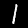
Digit: 1